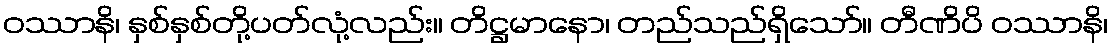
ဝဿာနိ၊ နှစ်နှစ်တို့ပတ်လုံ့လည်း။ တိဋ္ဌမာနော၊ တည်သည်ရှိသော်။ တီဏိပိ ဝဿာနိ၊